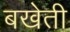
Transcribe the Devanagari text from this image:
बखेती